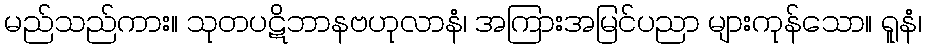
မည်သည်ကား။ သုတပဋိဘာနဗဟုလာနံ၊ အကြားအမြင်ပညာ များကုန်သော။ ရူနံ၊